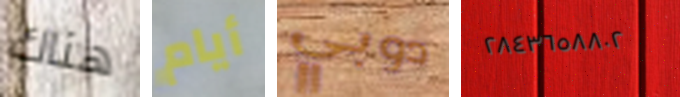
هناك أيام دوبي ٢٨٤٣٦٥٨٨٠٢